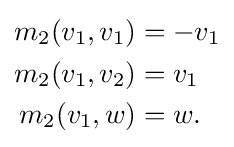
{\begin{aligned}m_{2}(v_{1},v_{1})&=-v_{1}\\m_{2}(v_{1},v_{2})&=v_{1}\\m_{2}(v_{1},w)&=w.\end{aligned}}